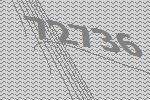
72736